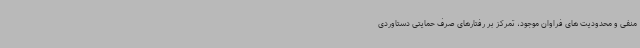
منفی و محدودیت های فراوان موجود، تمرکز بر رفتارهای صرف حمایتی دستاوردی